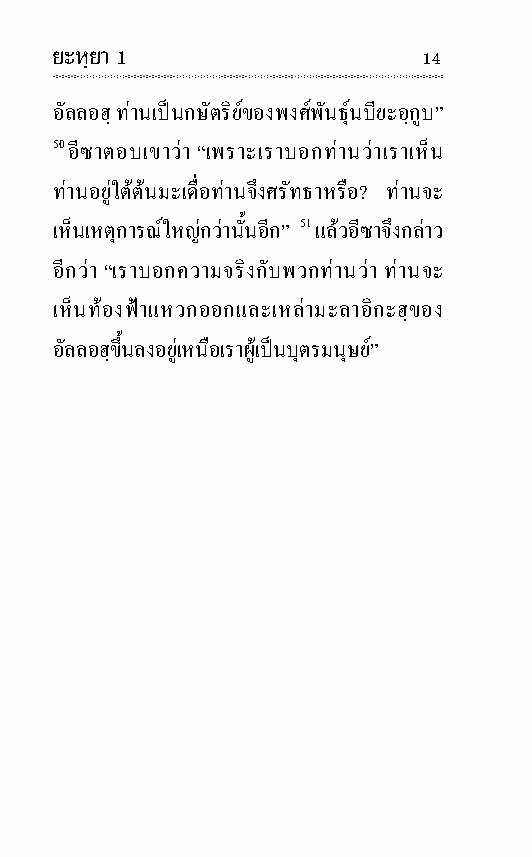
ยะหฺยา 1                 14
 อัลลอฮฺ ทานเปนกษัตริยของพงศ พันธุนบียะอฺกูบ”
 50 อีซาตอบเขาวา “เพราะเราบอกทานวาเราเห็น
 ทานอยูใตตนมะเดื่อทานจึงศรัท ธาหรือ? ทานจะ
 เห็นเหตุ การณใหญ กวานั้นอีก” 51 แลวอีซาจึงกลาว
 อีกวา “เราบอกความจริงกับพวกทานวา ทานจะ
 เห็นทอง ฟาแหวกออกและเหลามะ ลา อิ กะฮฺของ
 อัล ลอฮฺขึ้นลงอยูเหนือเราผูเปนบุตรมนุษย”